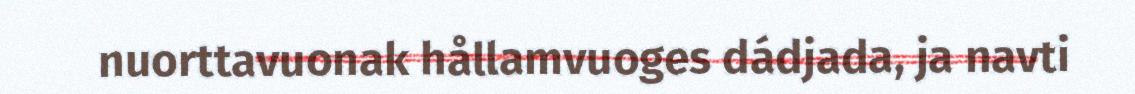
nuorttavuonak hållamvuoges dádjada, ja navti